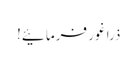
ذرا غور فرمائیے!